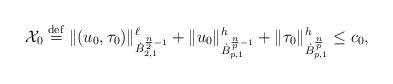
LaTeX: \begin{align*}{\mathcal X}_{0} \stackrel{\mathrm{def}}{=}\|(u_0,\tau_0)\|^\ell_{\dot{B}_{2,1}^{\frac {n}{2}-1}}+ \|u_0\|^h_{\dot B^{\frac np-1}_{p,1}}+\|\tau_0\|^h_{\dot B^{\frac np}_{p,1}}\leq c_0,\end{align*}